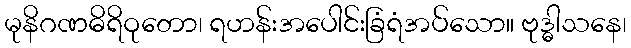
မုနိဂဏဓိရိဝုတော၊ ရဟန်းအပေါင်းခြံရံအပ်သော။ ဗုဒ္ဓါသနေ၊